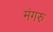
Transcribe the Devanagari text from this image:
मंगरु